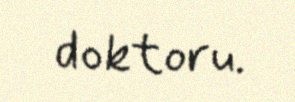
doktoru.